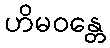
ဟိမဝန္တေ